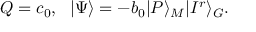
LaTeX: Q = c _ { 0 } , \ \ | \Psi \rangle = - b _ { 0 } | P \rangle _ { M } | I ^ { r } \rangle _ { G } .